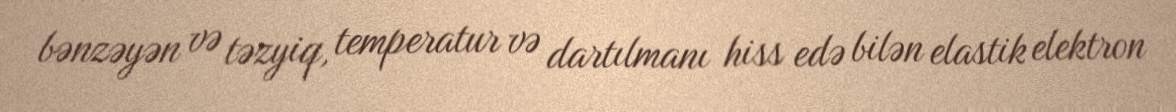
bənzəyən və təzyiq, temperatur və dartılmanı hiss edə bilən elastik elektron